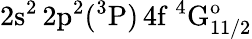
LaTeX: \mathrm{2s^{2}\, 2p^{2}(^{3}P)\, 4f~^{4}G_{11/2}^{o}}